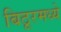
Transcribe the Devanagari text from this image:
बिठूरमध्ये